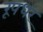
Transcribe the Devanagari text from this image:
रूपधर